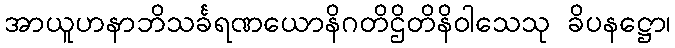
အာယူဟနာဘိသင်္ခရဏယောနိဂတိဌိတိနိဝါသေသု ခိပနဋ္ဌော၊